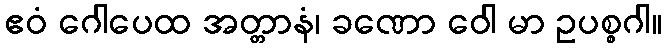
ဧဝံ ဂေါပေထ အတ္တာနံ၊ ခဏော ဝေါ မာ ဥပစ္စဂါ။